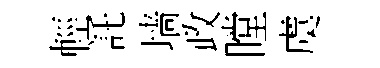
輕託墙政瞠虞